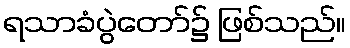
ရသာခံပွဲတော်၌ ဖြစ်သည်။